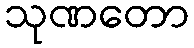
သုဏတော